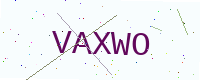
Text: VAXWO